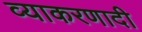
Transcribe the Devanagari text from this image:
व्याकरणादी